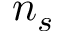
n _ { s }